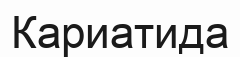
Кариатида